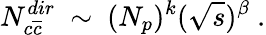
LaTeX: N_{c\overline{{{c}}}}^{dir}~\sim~(N_{p})^{k}(\sqrt{s})^{\beta}~.